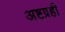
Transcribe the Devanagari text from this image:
अष्टग्रही